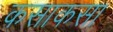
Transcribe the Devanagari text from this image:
कसाकसा